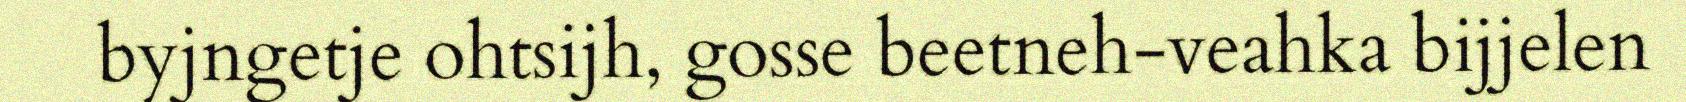
byjngetje ohtsijh, gosse beetneh-veahka bijjelen